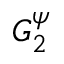
G _ { 2 } ^ { \psi }